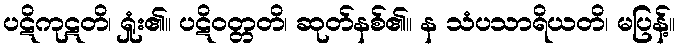
ပဋိကုဋတိ၊ ရှုံး၏။ ပဋိဝတ္တတိ၊ ဆုတ်နစ်၏။ န သံပသာရိယတိ၊ မပြန့်။